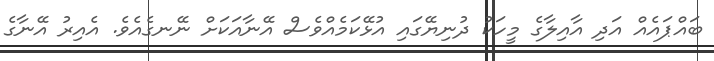
ބައްޕައެއް އަދި އާއިލާގެ މީހަކު ދުނިޔޭގައި އުޅޭކަމެއްވެސް އޭނާއަކަށް ނޭނގެއެވެ. އެއިރު އޭނާގެ